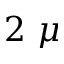
2 ~ \mu